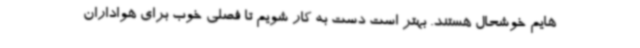
هایم خوشحال هستند. بهتر است دست به کار شویم تا فصلی خوب برای هواداران